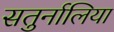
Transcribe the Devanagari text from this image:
सतुर्नालिया